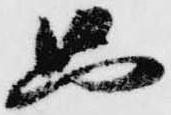
只